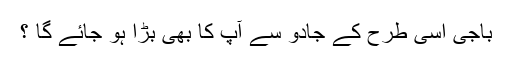
باجی اسی طرح کے جادو سے آپ کا بھی بڑا ہو جائے گا ؟